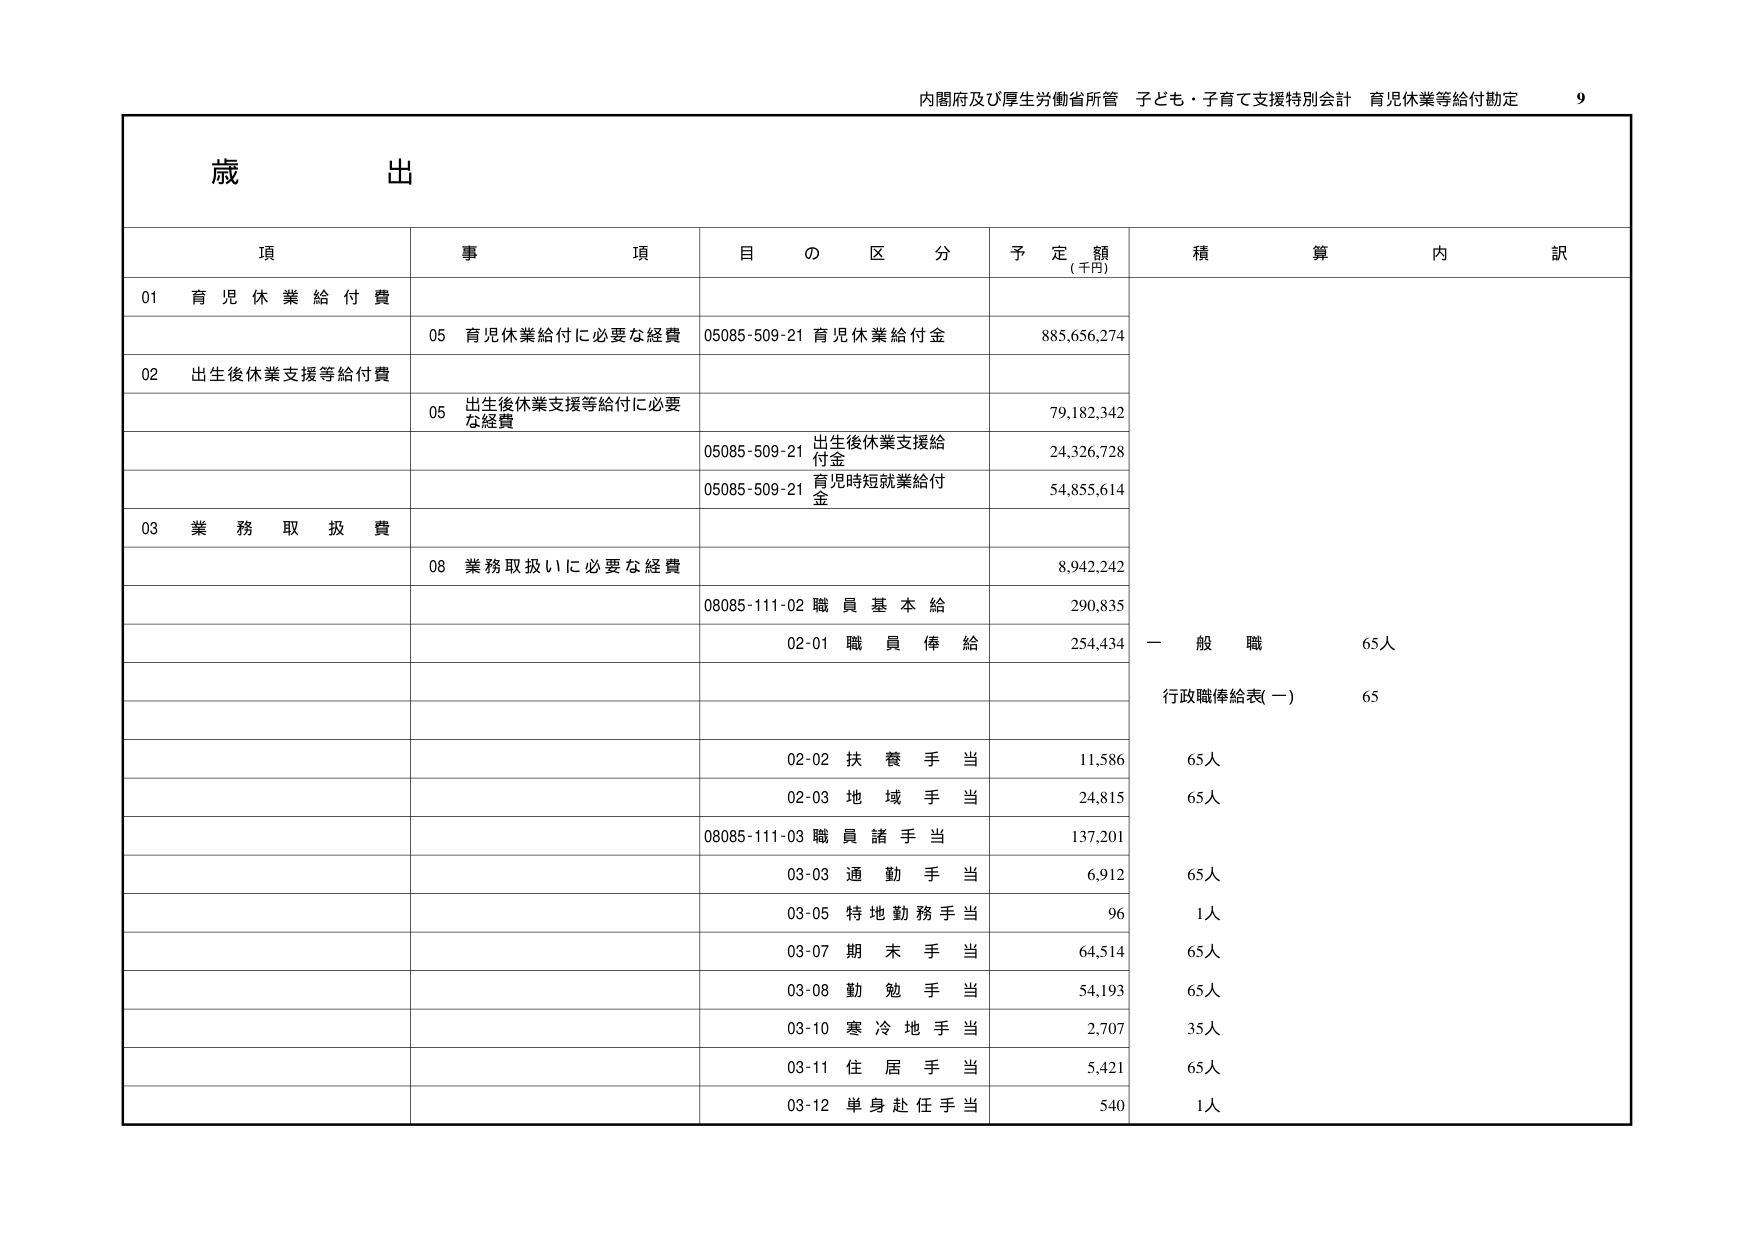
内閣府及び厚生労働省所管 子ども・子育て支援特別会計 育児休業等給付勘定 9

歳 出

項 事 項 目 の 区 分 予 定 額 (千円) 積 算 内 訳

01 育 児 休 業 給 付 費

05 育児休業給付に必要な経費 05085-509-21 育児休業給付金 885,656,274

02 出生後休業支援等給付費

05 出生後休業支援等給付に必要な経費 79,182,342

05085-509-21 出生後休業支援給付金 24,326,728

05085-509-21 育児時短就業給付金 54,855,614

03 業 務 取 扱 費

08 業務取扱いに必要な経費 8,942,242

08085-111-02 職 員 基 本 給 290,835

02-01 職 員 俸 給 254,434 一 般 職 65人

行政職俸給表(一) 65

02-02 扶 養 手 当 11,586 65人

02-03 地 域 手 当 24,815 65人

08085-111-03 職 員 諸 手 当 137,201

03-03 通 勤 手 当 6,912 65人

03-05 特 地 勤 務 手 当 96 1人

03-07 期 末 手 当 64,514 65人

03-08 勤 勉 手 当 54,193 65人

03-10 寒 冷 地 手 当 2,707 35人

03-11 住 居 手 当 5,421 65人

03-12 単 身 赴 任 手 当 540 1人